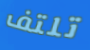
تلتف